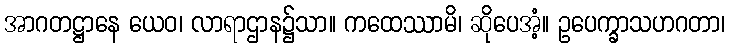
အာဂတဋ္ဌာနေ ယေဝ၊ လာရာဌာန၌သာ။ ကထေဿာမိ၊ ဆိုပေအံ့။ ဥပေက္ခာသဟဂတာ၊